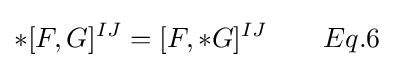
*[F,G]^{IJ}=[F,*G]^{IJ}\qquad Eq.6